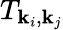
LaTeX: T_{\textbf{k}_{i},\textbf{k}_{j}}